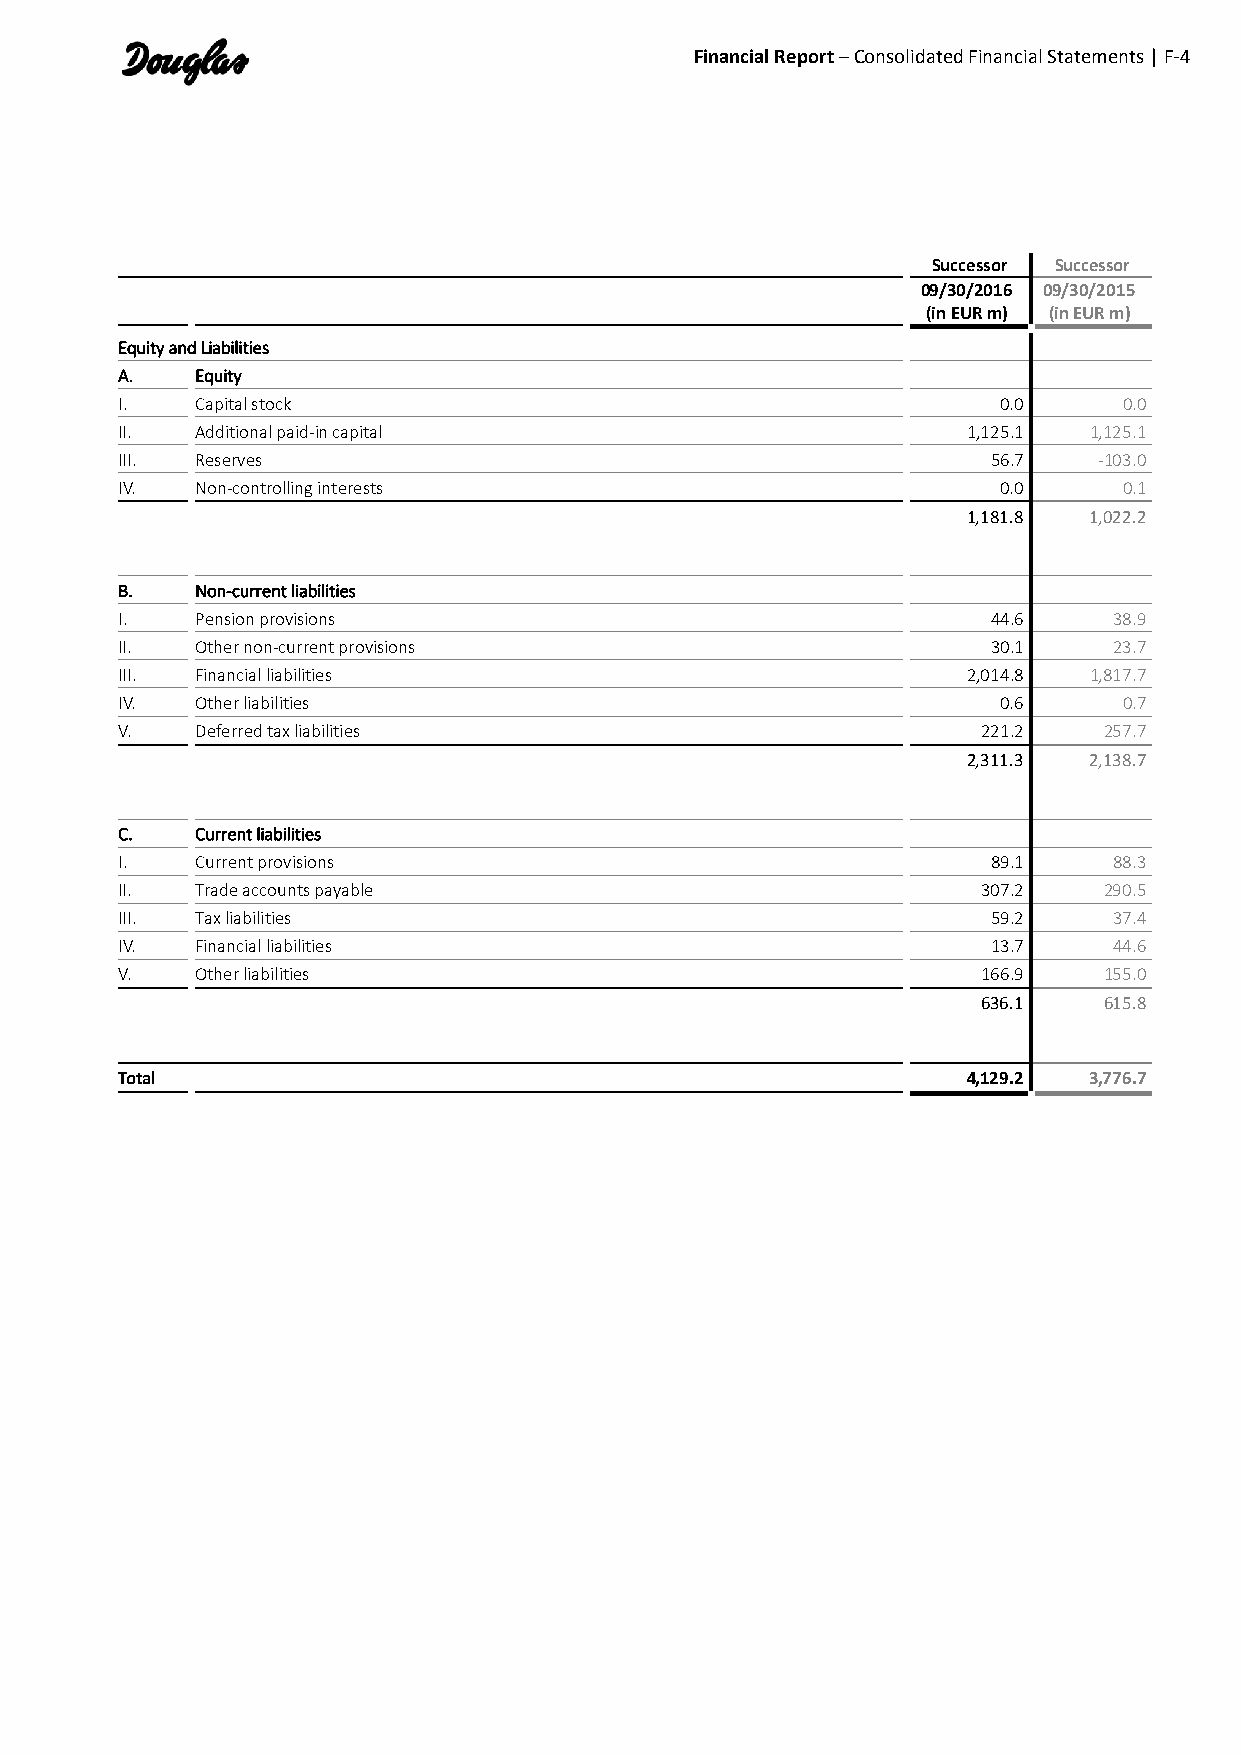
Financial Report – Consolidated Financial Statements | F-4
 Successor Successor
 09/30/2016 09/30/2015
 (in EUR m) (in EUR m)
 Equity and Liabilities
 A.   Equity
 I.   Capital stock                                        0.0     0.0
 II.  Additional paid-in capital                         1,125.1 1,125.1
 III. Reserves                                             56.7   -103.0
 IV.  Non-controlling interests                            0.0     0.1
 1,181.8 1,022.2
 B.   Non-current liabilities
 I.   Pension provisions                                   44.6    38.9
 II.  Other non-current provisions                         30.1    23.7
 III. Financial liabilities                              2,014.8 1,817.7
 IV.  Other liabilities                                    0.6     0.7
 V.   Deferred tax liabilities                            221.2   257.7
 2,311.3 2,138.7
 C.   Current liabilities
 I.   Current provisions                                   89.1    88.3
 II.  Trade accounts payable                              307.2   290.5
 III. Tax liabilities                                      59.2    37.4
 IV.  Financial liabilities                                13.7    44.6
 V.   Other liabilities                                   166.9   155.0
 636.1   615.8
 Total                                                   4,129.2 3,776.7